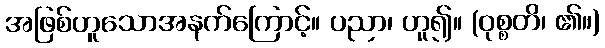
အဖြစ်ဟူသောအနက်ကြောင့်။ ပညာ၊ ဟူ၍။ (ဝုစ္စတိ၊ ၏။)